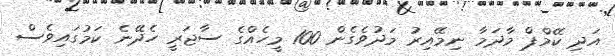
އަދި ކޭމްޕް މާދަމާ ނިމޭއިރު މަދުވެގެން 100 މީހެއްގެ ސާޖަރީ ހެދޭނެ ކަަމުގައިވެސް